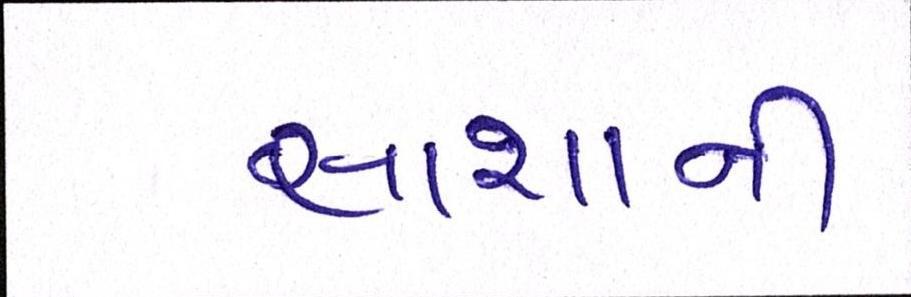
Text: સાશાની